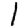
Digit: 1